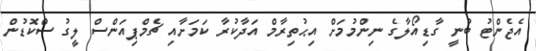
އެޖެންޓު ބުނީ ގާޑިއޯލާގެ ނިންމުމަށް އިޙުތިރާމް އަދާކުރާ ކަމަށާއި ޗެމްޕިއަންސް ލީގު ސްކޮޑުން